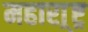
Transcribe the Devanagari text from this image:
महारा़्ष्ट्र